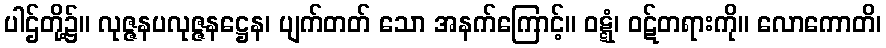
ပါဌ်တို့၌။ လုဇ္ဇနပလုဇ္ဇနဋ္ဌေန၊ ပျက်တတ် သော အနက်ကြောင့်။ ဝဋ္ဋံ၊ ဝဋ်တရားကို။ လောကောတိ၊